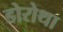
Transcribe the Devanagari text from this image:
डोरोथा